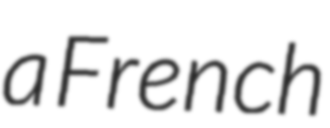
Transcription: a French